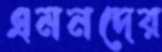
এমনদের